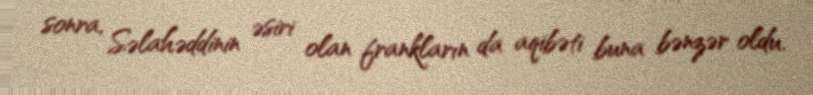
sonra, Səlahəddinin əsiri olan frankların da aqibəti buna bənzər oldu.